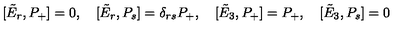
[ \tilde { E } _ { r } , P _ { + } ] = 0 , \quad [ \tilde { E } _ { r } , P _ { s } ] = \delta _ { r s } P _ { + } , \quad [ \tilde { E } _ { 3 } , P _ { + } ] = P _ { + } , \quad [ \tilde { E } _ { 3 } , P _ { s } ] = 0